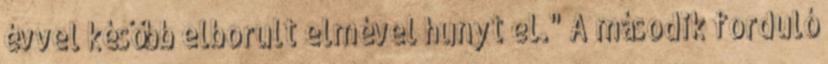
évvel később elborult elmével hunyt el." A második forduló